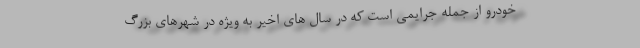
خودرو از جمله جرایمی است که در سال های اخیر به ویژه در شهرهای بزرگ